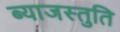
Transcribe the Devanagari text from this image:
ब्याजस्तुति